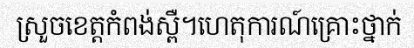
ស្រួចខេត្តកំពង់ស្ពឺ។ហេតុការណ៍គ្រោះថ្នាក់